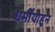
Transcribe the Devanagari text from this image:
धर्मींयाहून